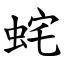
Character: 䖳